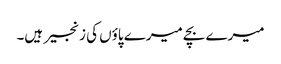
میرے بچے میرے پاؤں کی زنجیر ہیں۔